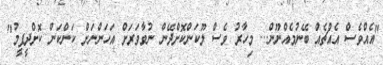
"އެއްވެސް އެއްޗެއް ބޭނުމެއްނޫން... މިހާރު ވެސް ލޫކަންކޮށްދޭން ނުވާވަރަށް އަހަންނަށް ކަންކަން ކޮށްދީފީމު"